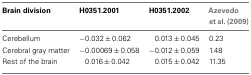
<table><thead><tr><td><b>Brain division</b></td><td><b>H0351.2001</b></td><td><b>H0351.2002</b></td><td><b>Azevedo et al. (2009)</b></td></tr></thead><tbody><tr><td>Cerebellum</td><td>−0.032 ± 0.062</td><td>0.013 ± 0.045</td><td>0.23</td></tr><tr><td>Cerebral gray matter</td><td>−0.00069 ± 0.058</td><td>−0.012 ± 0.059</td><td>1.48</td></tr><tr><td>Rest of the brain</td><td>0.016 ± 0.042</td><td>0.015 ± 0.042</td><td>11.35</td></tr></tbody></table>